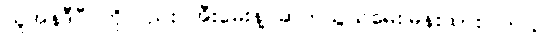
ယူအန်ဒီပီ ကိုလည်း အီးမေးနဲ့ ဆက်သွယ်မေးမြန်းထားပါတယ်။